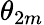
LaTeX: \theta_{2m}